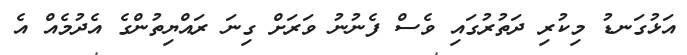
އަޅުގަނޑު މިކުރި ދަތުރުގައި ވެސް ފެނުނު ވަރަށް ގިނަ ރައްޔިތުންގެ އެދުމެއް އެ